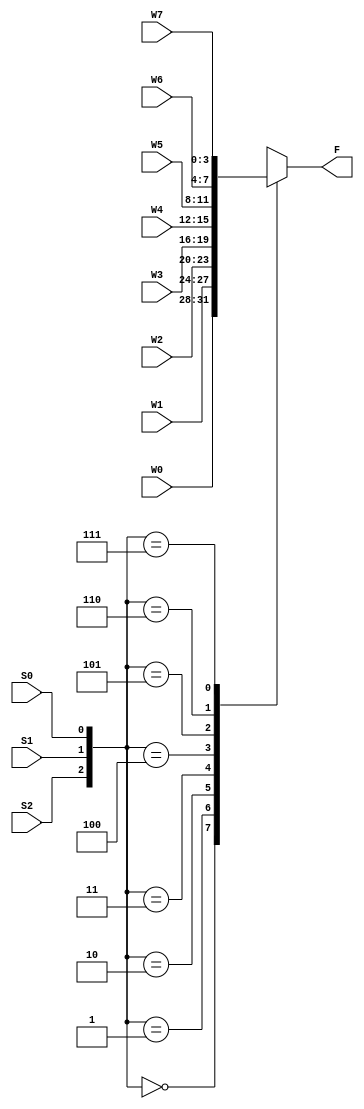
module mux8 (S2, S1, S0, W0, W1, W2, W3, W4, W5, W6, W7, F);
input S2, S1, S0;
input [3:0] W0, W1, W2, W3, W4, W5, W6, W7;
output reg [3:0] F;

always @(S2, S1, S0)
begin
case({S2, S1, S0})
3'b000 : F = W0;
3'b001 : F = W1;
3'b010 : F = W2;
3'b011 : F = W3;
3'b100 : F = W4;
3'b101 : F = W5;
3'b110 : F = W6;
3'b111 : F = W7;
endcase
end
endmodule